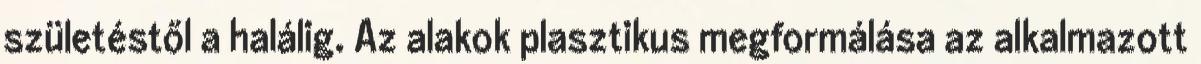
születéstől a halálig. Az alakok plasztikus megformálása az alkalmazott